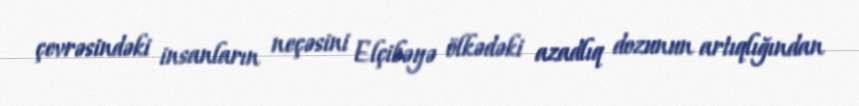
çevrəsindəki insanların neçəsini Elçibəyə ölkədəki azadlıq dozunun artıqlığından